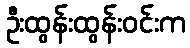
ဦးထွန်းထွန်းဝင်းက